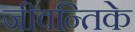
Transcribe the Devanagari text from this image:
जीवन्तिके